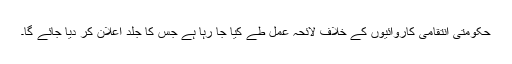
حکومتی انتقامی کاروائیوں کے خلاف لائحہ عمل طے کیا جا رہا ہے جس کا جلد اعلان کر دیا جائے گا۔